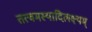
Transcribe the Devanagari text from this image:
तत्वमस्यादिलक्ष्यम्‌